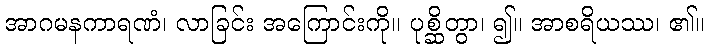
အာဂမနကာရဏံ၊ လာခြင်း အကြောင်းကို။ ပုစ္ဆိတွာ၊ ၍။ အာစရိယဿ၊ ၏။